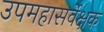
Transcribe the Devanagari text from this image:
उपमहासर्वेक्षक